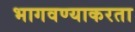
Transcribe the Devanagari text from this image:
भागवण्याकरता